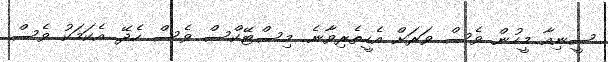
ސީނިއާ މީހުން ވެސް ވަރަށް އެހީތެރިވާނެ. މިސްޓޭކްސް ވެސް ހެދޭ. އެކަމަކު ވެސް